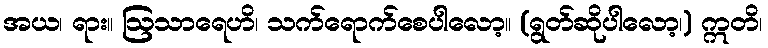
အယ၊ ရား။ ဩသာရေဟိ၊ သက်ရောက်စေပါလော့။ (ရွတ်ဆိုပါလော့၊) ဣတိ၊